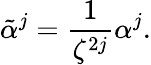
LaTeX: \tilde{\alpha}^{j}=\frac{1}{\zeta^{2j}}\alpha^{j}.